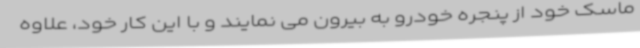
ماسک خود از پنجره خودرو به بیرون می نمایند و با این کار خود، علاوه